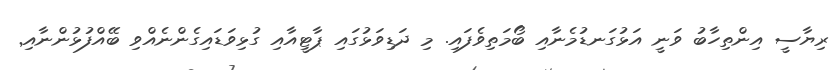
ރިޔާސީ އިންތިހާބު ވަނީ އަޅުގަނޑުމެނާއި ބޯމަތިވެފައި. މި ދަޑިވަޅުގައި ޕާޓީއާއި ގުޅިވަޑައިގެންނެއްވި ބޭއްފުޅުންނާއި